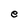
Character: e